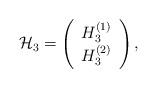
LaTeX: \begin{align*}{\cal H}_3 =\left(\begin{array}{c} H_3^{(1)}\\ H_3^{(2)} \end{array}\right),\end{align*}